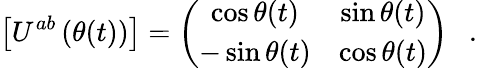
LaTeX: \left[U^{ab}\left(\theta(t)\right)\right]=\left(\begin{array}{cc}{{\cos\theta(t)}}&{{\sin\theta(t)}}\\ {{-\sin\theta(t)}}&{{\cos\theta(t)}}\end{array}\right)\ \ \ .